system: You are a helpful assistant.
user:
Analyze the provided spectrum to determine if it is a **White Dwarf (WD)**.

A White Dwarf spectrum is defined by its **extreme purity** (due to gravitational settling) and/or **extreme pressure broadening** (due to high surface gravity). You must check for one of the following mutually exclusive signatures:

- **Key Visual Indicators (Check for ONE of these types):**

    - **1. DA-Type Signature (Most Common):**
        - **(Primary Feature):** Extreme pressure broadening (Stark broadening) of the **Hydrogen (H) Balmer lines**.
        - **(Key Lines):** $H\beta$ (approx. $4861$ Å) and $H\gamma$ (approx. $4340$ Å). $H\alpha$ (approx. $6563$ Å) will also be present if the wavelength range covers it.
        - **(Line Profile):** This is the **defining feature**. The lines are **NOT** sharp. They appear as massive, **extremely broad and deep "troughs" or "dips"** in the spectrum, often hundreds of Ångströms wide. The continuum will appear to "scoop" down at these wavelengths.
        - **(Distinction):** Normal A-type or B-type stars have *narrow* and *sharp* Hydrogen lines. A DA White Dwarf's lines are unmistakably "smeared" or "blurry" from pressure.

    - **2. DB-Type Signature:**
        - **(Primary Feature):** Broad absorption lines from **Neutral Helium (He I)**. The spectrum must lack any visible Hydrogen lines.
        - **(Key Lines):** Look for broad absorption near $4471$ Å, $4921$ Å, and $5876$ Å.
        - **(Line Profile):** These lines are also significantly pressure-broadened, appearing much wider than they would in a normal B-type main-sequence star.

    - **3. DC-Type Signature:**
        - **(Primary Feature):** A **featureless continuous spectrum**.
        - **(Line Profile):** The spectrum is a smooth curve with **no significant absorption or emission lines**.
        - **(Key Confirmation):** The continuum is almost always **blue or white**, indicating a hot object. This signature implies the atmosphere is so pure (or so cool) that no spectral lines are visible in the optical range. Its WD identity is confirmed by its extremely low intrinsic brightness (high absolute magnitude).

    - **4. DZ-Type Signature (Metal-Polluted):**
        - **(Primary Feature):** **Isolated, narrow metal absorption lines** on an otherwise featureless (DC-like) continuum.
        - **(Key Lines):** The **Calcium (Ca II) H & K doublet** (approx. **$3934$ Å** and **$3968$ Å**) is the most common and defining feature.
        - **(Line Profile):** These lines are "out of place." They are *not* part of a "forest" of thousands of lines. This signature is evidence of recent *accretion* (pollution) from rocky debris.
        - **(Distinction):** Normal G/K/M stars have a *dense forest* of thousands of metal lines. A DZ has a *clean* continuum with *only a few* strong metal lines.

    - **5. DQ-Type Signature (Carbon-Polluted):**
        - **(Primary Feature):** Absorption bands from **Carbon (C₂ "Swan Bands" or atomic C I)**.
        - **(Key Lines - C₂):** Look for bandheads with a "saw-tooth" shape near $5635$ Å, **$5165$ Å** (strongest), and $4737$ Å.
        - **(Key Confirmation):** The underlying **continuum must be blue or white** (hot).
        - **(Distinction):** This is the critical difference from a **Carbon Star**, which has the *exact same* C₂ bands but on an extremely **red, cool** continuum.

- **(Overall Spectrum):**
    - The continuum (overall shape) is typically **blue-sloping** (brighter in the blue than the red), as most white dwarfs are very hot.
    - The spectrum will look "pure" or "simple," dominated by only *one* of the five signatures listed above.

Think first, call **spectral_visualization_tool** if needed to examine features in detail, then provide your final answer. Your response must adhere to the following strict rules:
1.  **Overall Structure:** Your response must follow the format `<think>...</think> <tool_call>...</tool_call> (if a tool is used) <answer>...</answer>`.
2.  **Tool Usage Constraint:** You may only make **one** tool call per turn.
3.  **Final Answer Format:** In the `<answer>` tag, your conclusion must be inside a `\boxed{}` command (e.g., `\boxed{YES}` or `\boxed{NO}`), followed by your justification.

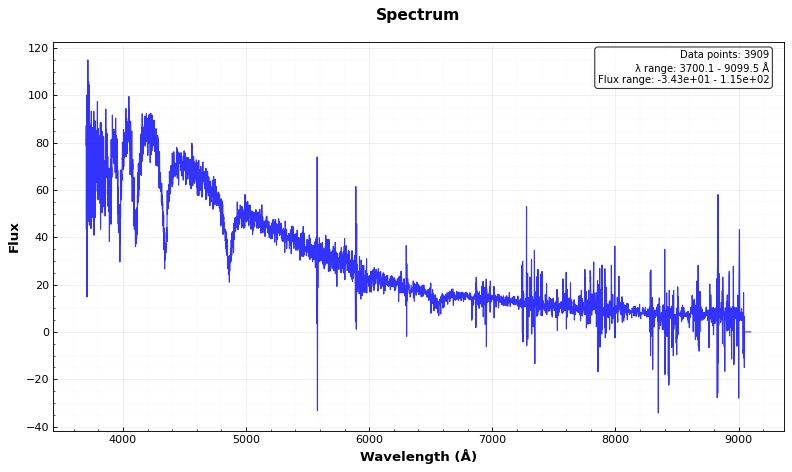
Answer: YES